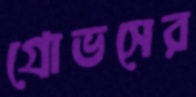
গ্রোভসের